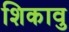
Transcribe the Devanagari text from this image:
शिकावु